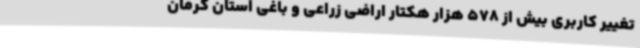
تغییر کاربری بیش از 578 هزار هکتار اراضی زراعی و باغی استان کرمان